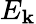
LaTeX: E_{\mathbf{k}}